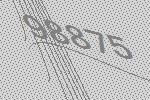
98875